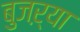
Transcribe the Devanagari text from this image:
बुजऱ्या